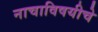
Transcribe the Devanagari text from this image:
नाचाविषयीचे